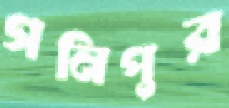
গনিপুর